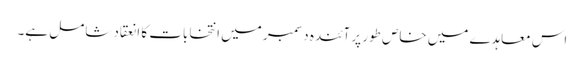
اس معاہدے میں خاص طور پر آئندہ دسمبر میں انتخابات کا انعقاد شامل ہے۔